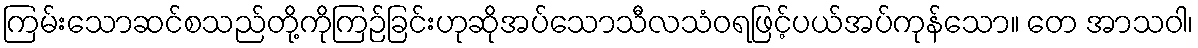
ကြမ်းသောဆင်စသည်တို့ကိုကြဉ်ခြင်းဟုဆိုအပ်သောသီလသံဝရဖြင့်ပယ်အပ်ကုန်သော။ တေ အာသဝါ၊